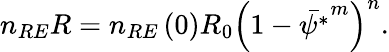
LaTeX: \begin{array}{r}{n_{RE}R=n_{RE}\left(0\right)R_{0}\left(1-\bar{\psi^{*}}^{m}\right)^{n}.}\end{array}